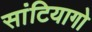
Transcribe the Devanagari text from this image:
सांटियागो